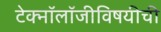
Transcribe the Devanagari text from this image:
टेक्नॉलॉजीविषयीची